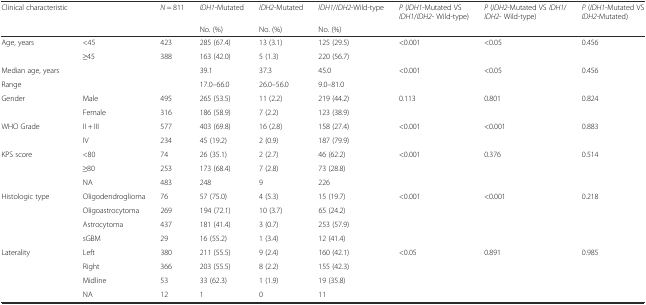
<table><thead><tr><td><b>Clinical characteristic</b></td><td></td><td><b><i>N</i> = 811</b></td><td><b><i>IDH1</i>-Mutated</b></td><td><b><i>IDH2</i>-Mutated</b></td><td><b><i>IDH1</i>/<i>IDH2</i>-Wild-type</b></td><td><b><i>P</i> (<i>IDH1</i>-Mutated VS <i>IDH1</i>/<i>IDH2</i>- Wild-type)</b></td><td><b><i>P</i> (<i>IDH2</i>-Mutated VS <i>IDH1</i>/<i>IDH2</i>- Wild-type)</b></td><td><b><i>P</i> (<i>IDH1</i>-Mutated VS <i>IDH2</i>-Mutated)</b></td></tr><tr><td></td><td></td><td></td><td><b>No. (%)</b></td><td><b>No. (%)</b></td><td><b>No. (%)</b></td><td></td><td></td><td></td></tr></thead><tbody><tr><td>Age, years</td><td>&lt;45</td><td>423</td><td>285 (67.4)</td><td>13 (3.1)</td><td>125 (29.5)</td><td>&lt;0.001</td><td>&lt;0.05</td><td>0.456</td></tr><tr><td></td><td>≥45</td><td>388</td><td>163 (42.0)</td><td>5 (1.3)</td><td>220 (56.7)</td><td></td><td></td><td></td></tr><tr><td>Median age, years</td><td></td><td></td><td>39.1</td><td>37.3</td><td>45.0</td><td>&lt;0.001</td><td>&lt;0.05</td><td>0.456</td></tr><tr><td>Range</td><td></td><td></td><td>17.0–66.0</td><td>26.0–56.0</td><td>9.0–81.0</td><td></td><td></td><td></td></tr><tr><td>Gender</td><td>Male</td><td>495</td><td>265 (53.5)</td><td>11 (2.2)</td><td>219 (44.2)</td><td>0.113</td><td>0.801</td><td>0.824</td></tr><tr><td></td><td>Female</td><td>316</td><td>186 (58.9)</td><td>7 (2.2)</td><td>123 (38.9)</td><td></td><td></td><td></td></tr><tr><td>WHO Grade</td><td>II + III</td><td>577</td><td>403 (69.8)</td><td>16 (2.8)</td><td>158 (27.4)</td><td>&lt;0.001</td><td>&lt;0.001</td><td>0.883</td></tr><tr><td></td><td>IV</td><td>234</td><td>45 (19.2)</td><td>2 (0.9)</td><td>187 (79.9)</td><td></td><td></td><td></td></tr><tr><td>KPS score</td><td>&lt;80</td><td>74</td><td>26 (35.1)</td><td>2 (2.7)</td><td>46 (62.2)</td><td>&lt;0.001</td><td>0.376</td><td>0.514</td></tr><tr><td></td><td>≥80</td><td>253</td><td>173 (68.4)</td><td>7 (2.8)</td><td>73 (28.8)</td><td></td><td></td><td></td></tr><tr><td></td><td>NA</td><td>483</td><td>248</td><td>9</td><td>226</td><td></td><td></td><td></td></tr><tr><td>Histologic type</td><td>Oligodendroglioma</td><td>76</td><td>57 (75.0)</td><td>4 (5.3)</td><td>15 (19.7)</td><td>&lt;0.001</td><td>&lt;0.001</td><td>0.218</td></tr><tr><td></td><td>Oligoastrocytoma</td><td>269</td><td>194 (72.1)</td><td>10 (3.7)</td><td>65 (24.2)</td><td></td><td></td><td></td></tr><tr><td></td><td>Astrocytoma</td><td>437</td><td>181 (41.4)</td><td>3 (0.7)</td><td>253 (57.9)</td><td></td><td></td><td></td></tr><tr><td></td><td>sGBM</td><td>29</td><td>16 (55.2)</td><td>1 (3.4)</td><td>12 (41.4)</td><td></td><td></td><td></td></tr><tr><td>Laterality</td><td>Left</td><td>380</td><td>211 (55.5)</td><td>9 (2.4)</td><td>160 (42.1)</td><td>&lt;0.05</td><td>0.891</td><td>0.985</td></tr><tr><td></td><td>Right</td><td>366</td><td>203 (55.5)</td><td>8 (2.2)</td><td>155 (42.3)</td><td></td><td></td><td></td></tr><tr><td></td><td>Midline</td><td>53</td><td>33 (62.3)</td><td>1 (1.9)</td><td>19 (35.8)</td><td></td><td></td><td></td></tr><tr><td></td><td>NA</td><td>12</td><td>1</td><td>0</td><td>11</td><td></td><td></td><td></td></tr></tbody></table>